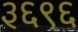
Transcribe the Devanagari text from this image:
३६९६